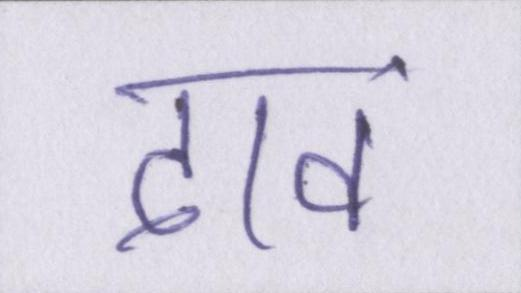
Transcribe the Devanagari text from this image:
दावं